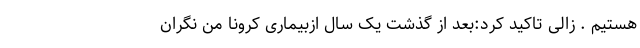
هستیم . زالی تاکید کرد:بعد از گذشت یک سال ازبیماری کرونا من نگران